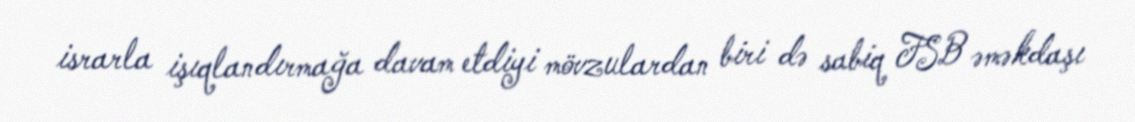
israrla işıqlandırmağa davam etdiyi mövzulardan biri də sabiq FSB əməkdaşı